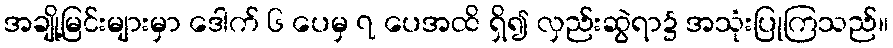
အချို့မြင်းများမှာ ဒေါက် ၆ ပေမှ ၇ ပေအထိ ရှိ၍ လှည်းဆွဲရာ၌ အသုံးပြုကြသည်။